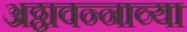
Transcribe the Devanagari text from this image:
अठ्ठावन्नाव्या